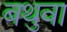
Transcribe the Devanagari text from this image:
बथुवा